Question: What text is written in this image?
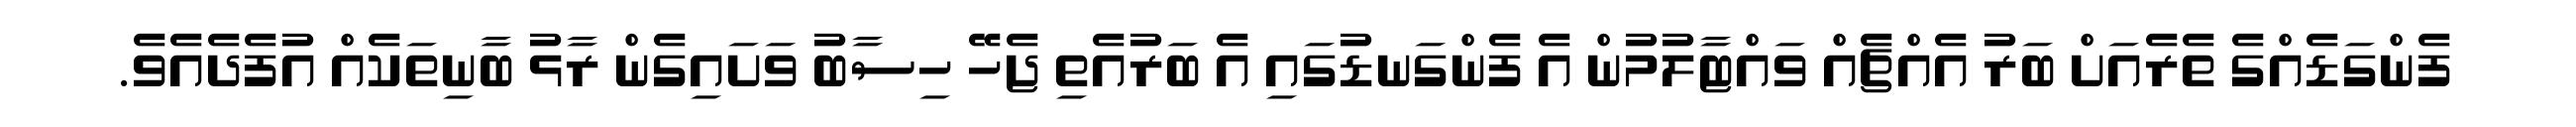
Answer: ފެންގަޑެއްގެ ތެރެއަށް ބަރު އެއްޗެއް ވައްޓާލުމުން އެ ފެންގަނޑުގައި އެ ބަރުއެތި ޖެހޭ ހިސާބު ވަށައިގެން ރާޅު ބާނިތަކެއް އުފެދެއެވެ.